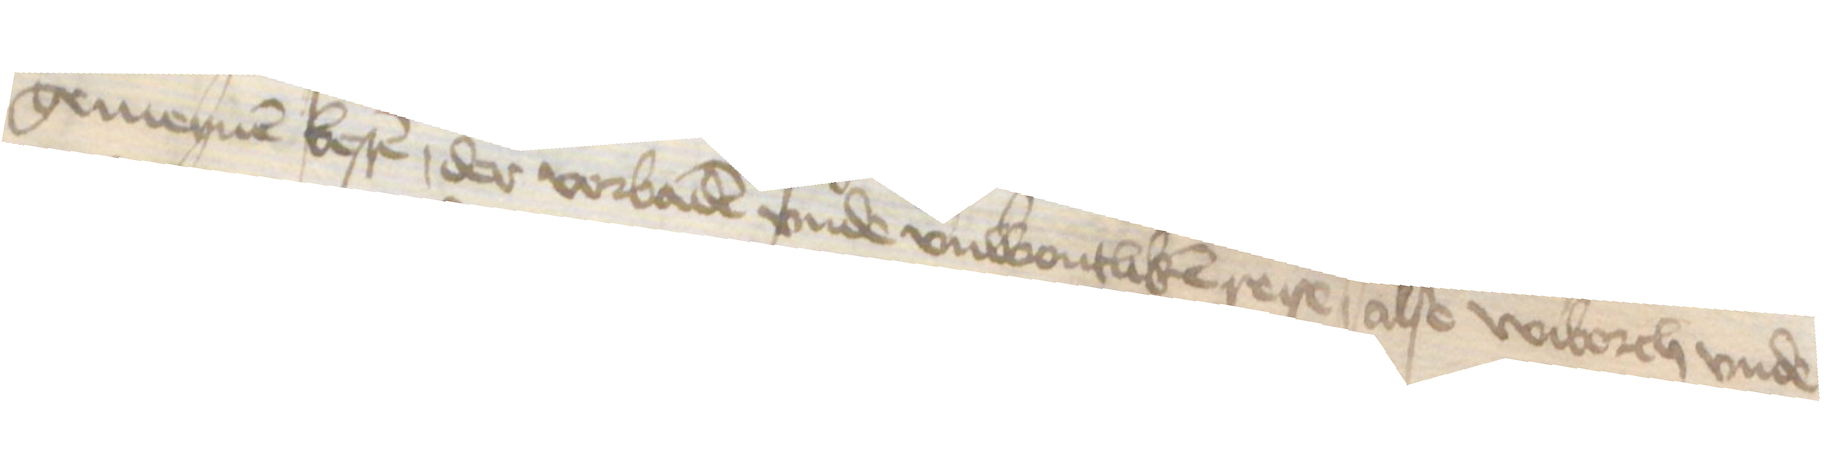
gemeynen besten, der vorbaden vnde vnwontliken reise, alse Wiborch vnde